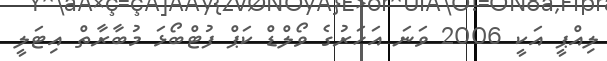
ލިއްޕީ އަކީ 2006 ވަނަ އަހަރުގެ ވޯލްޑް ކަޕް ފުޓްބޯޅަ މުބާރާތް އިޓަލީ